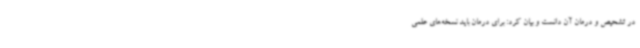
در تشحیص و درمان آن دانست و بیان کرد: برای درمان باید نسخه‌های علمی